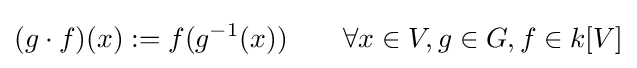
(g\cdot f)(x):=f(g^{-1}(x))\qquad \forall x\in V,g\in G,f\in k[V]